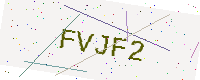
Text: FVJF2